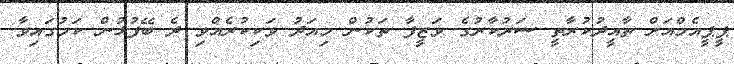
ޕީޕީއެމްއަށް ތާއީދުކުރާތީ ސަރުކާރުގެ ވަޒީފާ ތަކުން މިއަދު ވަކިކުރެއްވި ދެ ބޭފުޅުން ކަމުގައިވާ